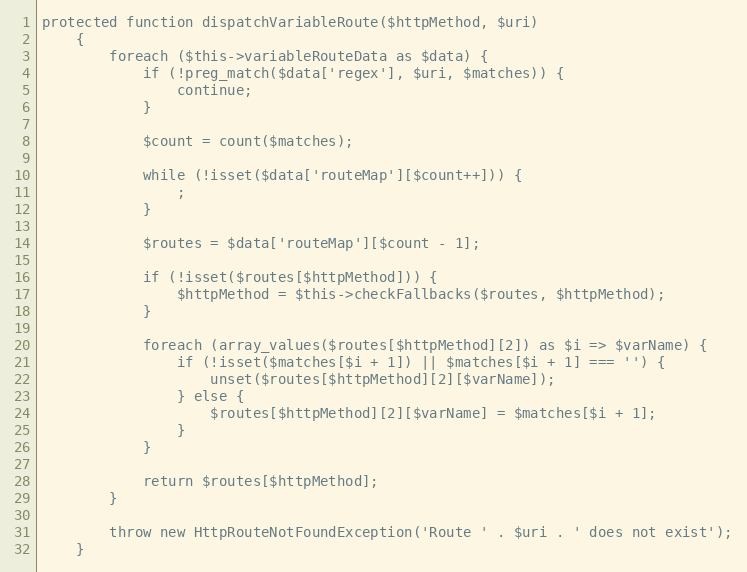
Language: PHP
protected function dispatchVariableRoute($httpMethod, $uri)
    {
        foreach ($this->variableRouteData as $data) {
            if (!preg_match($data['regex'], $uri, $matches)) {
                continue;
            }

            $count = count($matches);

            while (!isset($data['routeMap'][$count++])) {
                ;
            }

            $routes = $data['routeMap'][$count - 1];

            if (!isset($routes[$httpMethod])) {
                $httpMethod = $this->checkFallbacks($routes, $httpMethod);
            }

            foreach (array_values($routes[$httpMethod][2]) as $i => $varName) {
                if (!isset($matches[$i + 1]) || $matches[$i + 1] === '') {
                    unset($routes[$httpMethod][2][$varName]);
                } else {
                    $routes[$httpMethod][2][$varName] = $matches[$i + 1];
                }
            }

            return $routes[$httpMethod];
        }

        throw new HttpRouteNotFoundException('Route ' . $uri . ' does not exist');
    }